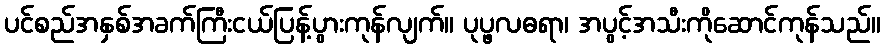
ပင်စည်အနှစ်အခက်ကြီးငယ်ပြန့်ပွားကုန်လျက်။ ပုပ္ဖလဓရာ၊ အပွင့်အသီးကိုဆောင်ကုန်သည်။